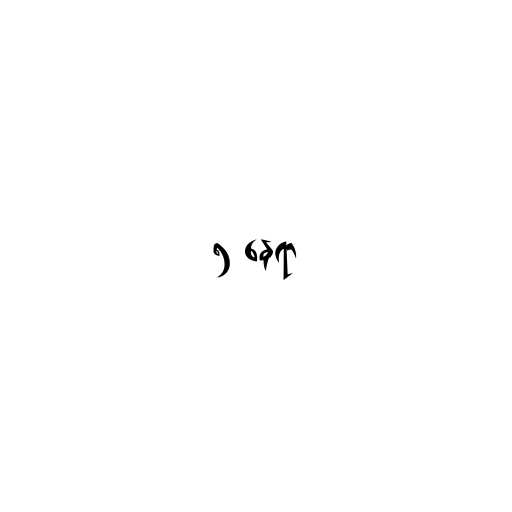
၅ နေရာ